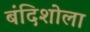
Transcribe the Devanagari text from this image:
बंदिशोला